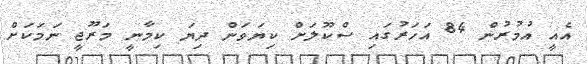
އެއީ އުމުރުން 84 އަހަރުގައި ސްކޫލަށް ކިޔަވަން ދިޔަ ކިމާނީ މަރޫޖީ ނަމަކަށް